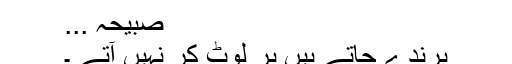
صبیحہ ...
پرندے جاتے ہیں پر لوٹ کر نہیں آتے ۔